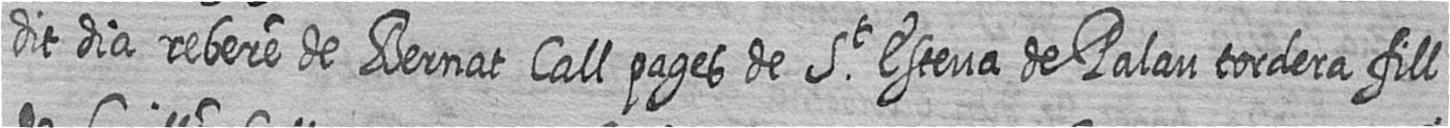
dit dia rebere de Bernat Call pages de St Esteva de Palau tordera fill